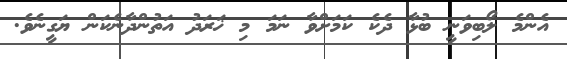
އެންމެ ލޯބިވަނީ ބުޅާ ދެކެ ކަމަށްވާ ނަމަ މި ޚަރަދު އަތުންދާނެކަން ޔަގީނެވެ.